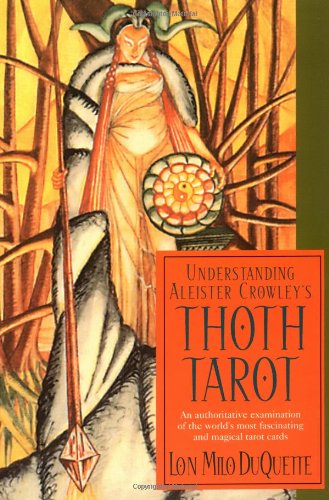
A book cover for Understanding Aleister Crowley's Thoth Tarot; Lon Milo Duquette; Religion & Spirituality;